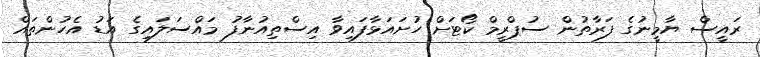
ރައީސް ޔާމީނުގެ ފަރާތުން ސުޕްރީމް ކޯޓަށް ހުށައަަޅާފައިވާ އިސްތިއުނާފު މައްސަލައިގެ އަޑު އެހުންތައް